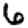
Digit: 6